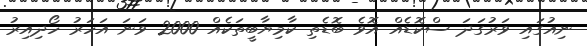
ނިއުގައި ވަރުގަދަ ސްކޮޑެއް އޮވެ ބޮޑެތި ކާމިޔާބީތަކެއް 2000 ވަނަ އަހަރު ހޯދިއިރު